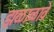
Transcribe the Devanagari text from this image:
झळाळावे